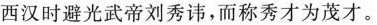
西汉时避光武帝刘秀讳，而称秀才为茂才。